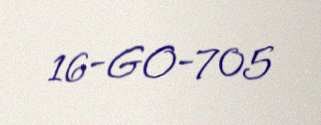
16-GO-705